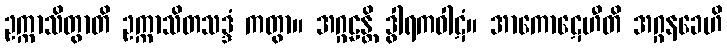
ဥက္ကာသိတွာတိ ဥက္ကာသိတသဒ္ဒံ ကတွာ။ အဂ္ဂဠန္တိ ဒွါရကဝါဋံ။ အာကောဋေဟီတိ အဂ္ဂနခေဟိ